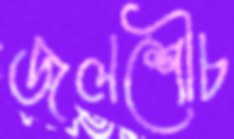
জলশৌচ